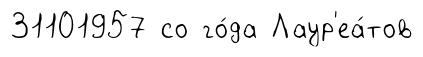
31101957 со го́да Лаур'еа́тов